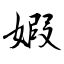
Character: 婽